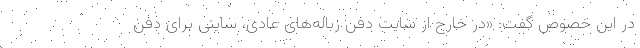
در این خصوص گفت: «در خارج از سایت دفن زباله‌های عادی، سایتی برای دفن